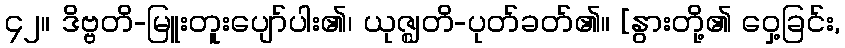
၄၂။ ဒိဗ္ဗတိ-မြူးတူးပျော်ပါး၏၊ ယုဇ္ဈတိ-ပုတ်ခတ်၏။ [နွားတို့၏ ဝှေ့ခြင်း,